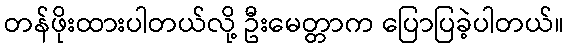
တန်ဖိုးထားပါတယ်လို့ ဦးမေတ္တာက ပြောပြခဲ့ပါတယ်။